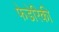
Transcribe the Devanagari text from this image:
फेडेरिकी